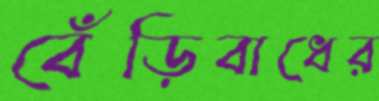
বেঁড়িবাধের